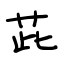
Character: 茈